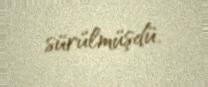
sürülmüşdü.